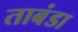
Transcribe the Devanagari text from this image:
ताबंडा